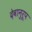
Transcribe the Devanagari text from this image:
देवानुरूप